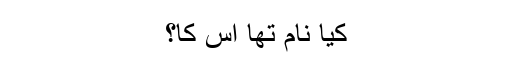
کیا نام تھا اس کا؟